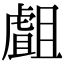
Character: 𧇣